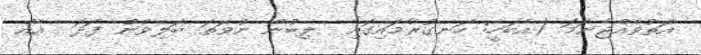
އަތުވެއްޖެނަމަ (އެބަހީ: ހަނގުރާމައިގައި  ލިބުން ނުވަތަ ބަލިވުން ފަދަ  އެއް